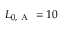
L _ { 0 , \mathrm { ~ A ~ } } = 1 0